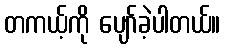
တကယ့်ကို ပျော်ခဲ့ပါတယ်။